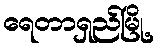
ရေတာရှည်မြို့